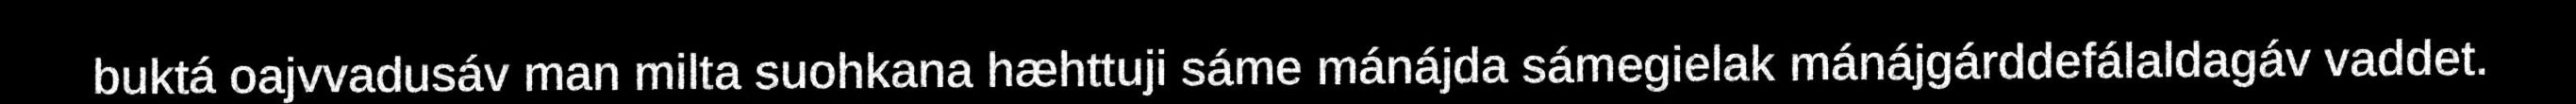
buktá oajvvadusáv man milta suohkana hæhttuji sáme mánájda sámegielak mánájgárddefálaldagáv vaddet.